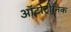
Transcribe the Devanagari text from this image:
ऑटोट्रोनिक